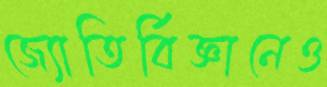
জ্যোতির্বিজ্ঞানেও